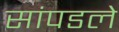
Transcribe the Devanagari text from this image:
सांपडले